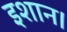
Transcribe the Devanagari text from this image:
इशान।